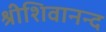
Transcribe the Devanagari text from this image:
श्रीशिवानन्द